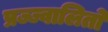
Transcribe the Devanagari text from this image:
प्रज्ज्वालितो